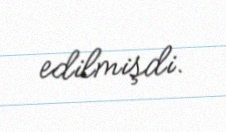
edilmişdi.